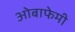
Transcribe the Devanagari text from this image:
ओबाफेमी